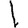
Digit: 1